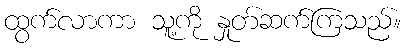
ထွက်လာကာ သူ့ကို နှုတ်ဆက်ကြသည်။